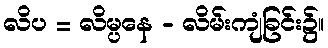
လိပ = လိမ္ပနေ - လိမ်းကျံခြင်း၌။